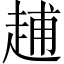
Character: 𧻷